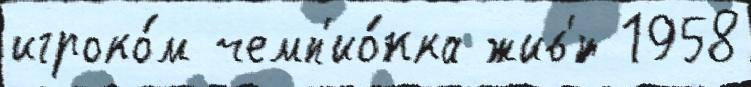
игроко́м чемп'ио́нка жив'́т 1958